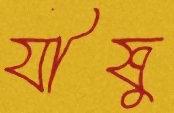
যীষু